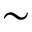
\sim